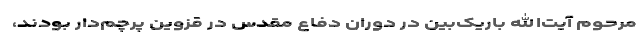
مرحوم آیت‌الله باریک‌بین در دوران دفاع مقدس در قزوین پرچم‌دار بودند،